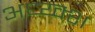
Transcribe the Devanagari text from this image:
अध्य्क्श